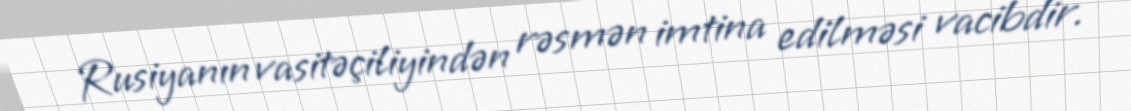
Rusiyanın vasitəçiliyindən rəsmən imtina edilməsi vacibdir.